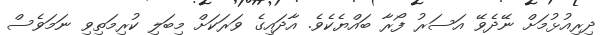
ދިރިއުޅުމަށް ނޭދެވޭ އަސަރު ފޯރާ ބައްޔެކެވެ. އާދައިގެ ވަރަކަށް މިބަލި ކުރިމަތިވި ނަމަވެސް